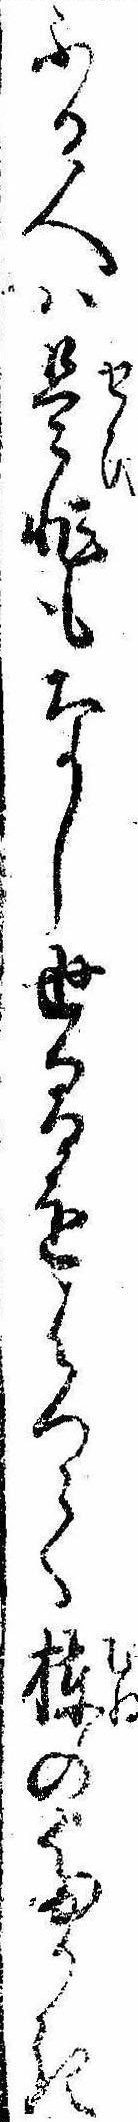
ふる人は是非もなし世間をはつて棟のたかき